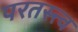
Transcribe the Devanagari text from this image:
परतस्त्त्व